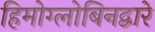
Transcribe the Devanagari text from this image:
हिमोग्लोबिनद्वारे